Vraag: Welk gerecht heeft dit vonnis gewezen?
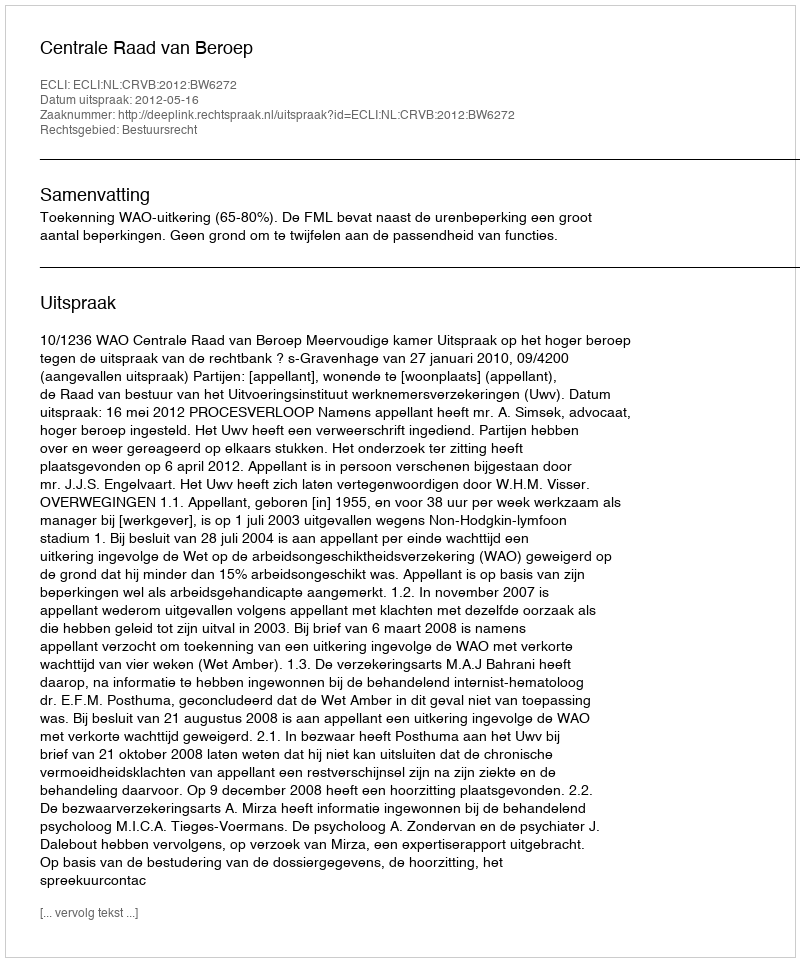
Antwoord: Centrale Raad van Beroep